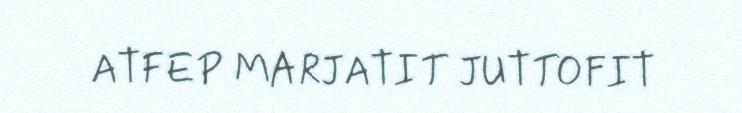
ATFEP MARJATIT JUTTOFIT